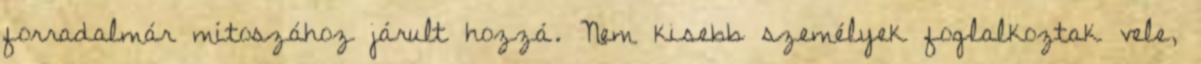
forradalmár mítoszához járult hozzá. Nem kisebb személyek foglalkoztak vele,